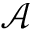
\mathcal { A }